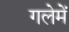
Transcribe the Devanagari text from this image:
गलेमें